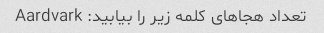
تعداد هجاهای کلمه زیر را بیابید: Aardvark